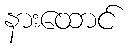
နားထောင်